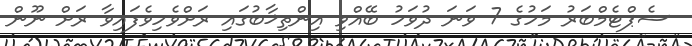
ސެޕްޓެމްބަރު މަހުގެ 7 ވަނަ ދުވަހު ބޭއްވި އިންތިޚާބުގައި ރަށްވެހިވެފައިވާ ރަށް ނޫން